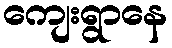
ကျေးရွာနေ